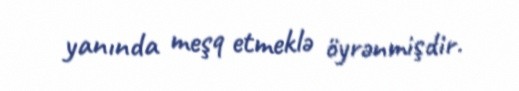
yanında meşq etmeklə öyrənmişdir.